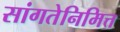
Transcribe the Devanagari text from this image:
सांगतेनिमित्त